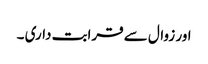
اور زوال سے قرابت داری ۔